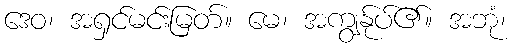
ဒေဝ၊ အရှင်မင်းမြတ်။ မေ၊ အကျွန်ုပ်၏။ အဘုံ၊